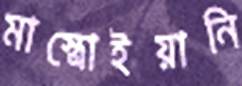
মাস্ত্রোইয়ানি